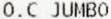
O.C JUMBO